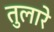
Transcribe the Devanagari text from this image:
तुलारे